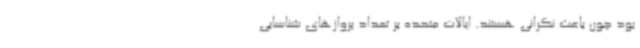
بود چون باعث نگرانی هستند. ایالات متحده بر تعداد پروازهای شناسایی